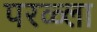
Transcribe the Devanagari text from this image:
परळ्ला